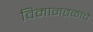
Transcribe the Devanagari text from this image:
विमानतळांचे